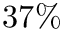
3 7 \%